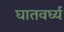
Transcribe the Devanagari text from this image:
घातवर्घ्य